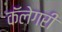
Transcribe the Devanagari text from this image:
कॅलेगरी